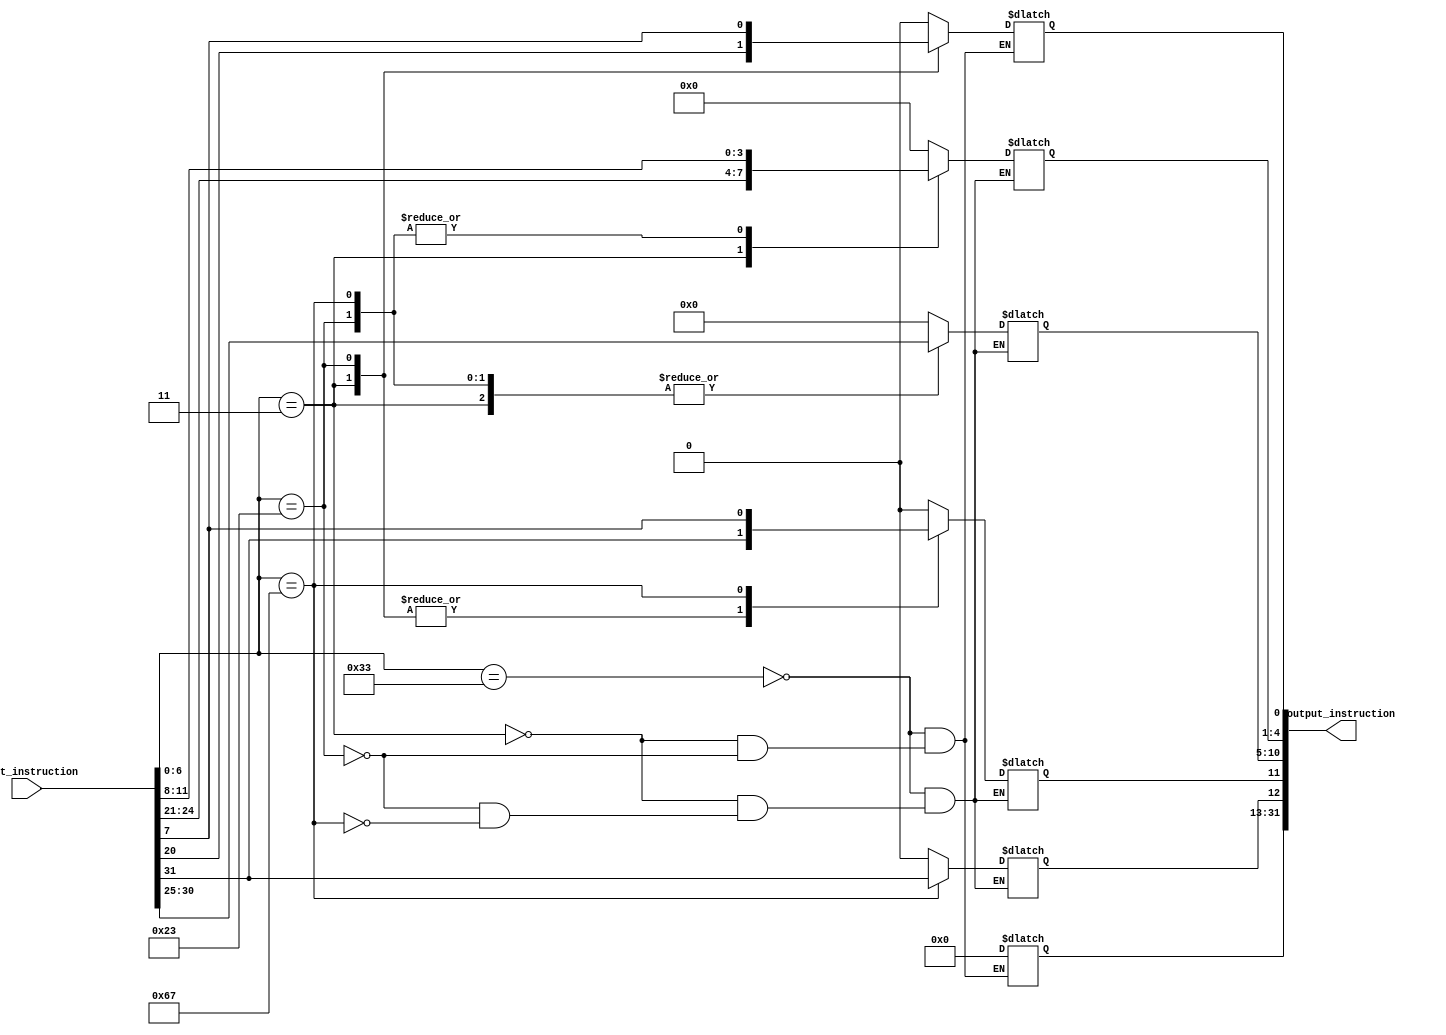
module immediate_gen(
    input [31:0] input_instruction,
    output reg [31:0] output_instruction
);
    integer val;
    // Combinational logic to generate immediate values based on opcode
    always @* begin
    val = input_instruction[6:0];
        case(val)
            
            // R-Format (Opcode: 0110011)
            51: output_instruction = 0;

            // lw (Opcode: 0000011)
            3: output_instruction = input_instruction[31:20];

            // sw (Opcode: 0100011)
            35: output_instruction = {input_instruction[31:25], input_instruction[11:7]};

            // jalr (Opcode: 1100111)
            103: begin
                output_instruction[4:1] = input_instruction[11:8];
                output_instruction[10:5] = input_instruction[30:25];
                output_instruction[11] = input_instruction[7];
                output_instruction[12] = input_instruction[31];
            end
        endcase
    end
endmodule